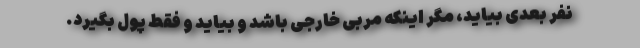
نفر بعدی بیاید، مگر اینکه مربی خارجی باشد و بیاید و فقط پول بگیرد.